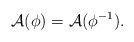
LaTeX: \begin{align*}\mathcal{A}(\phi)=\mathcal{A}(\phi^{-1}).\end{align*}